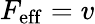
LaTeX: F_{\mathrm{eff}}=v